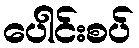
ပေါင်းစပ်